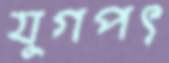
যুগপৎ